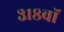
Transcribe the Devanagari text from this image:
३१८वॉ